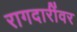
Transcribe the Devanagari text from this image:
रागदारींवर